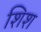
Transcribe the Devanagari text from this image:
शिश